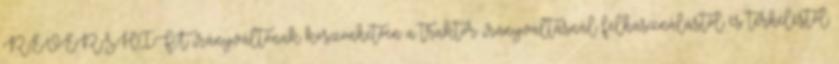
REVERSHIFT irányváltónak köszönhetően a traktor irányváltásnál felhasználástól és terheléstől